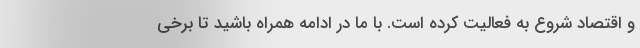
و اقتصاد شروع به فعالیت کرده است. با ما در ادامه همراه باشید تا برخی